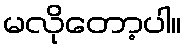
မလိုတော့ပါ။